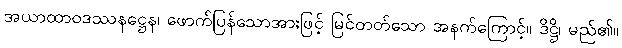
အယာထာဝဒဿနဋ္ဌေန၊ ဖောက်ပြန်သောအားဖြင့် မြင်တတ်သော အနက်ကြောင့်။ ဒိဋ္ဌိ၊ မည်၏။